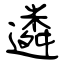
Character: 遴